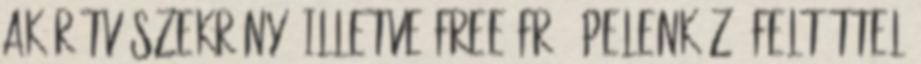
akár TV szekrény, illetve FREE FR 8 pelenkázó feltéttel